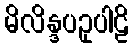
မိလိန္ဒပဥှပါဠိ